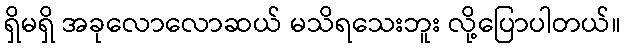
ရှိမရှိ အခုလောလောဆယ် မသိရသေးဘူး လို့ပြောပါတယ်။